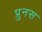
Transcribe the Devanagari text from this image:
प्रुनस